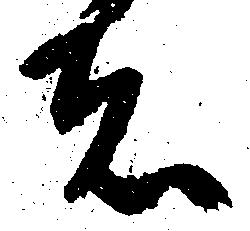
者